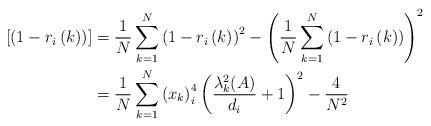
LaTeX: \begin{align*}\left[ \left( 1-r_{i}\left( k\right) \right) \right] &=\frac{1}{N}\sum_{k=1}^{N}\left( 1-r_{i}\left( k\right) \right)^{2}-\left( \frac{1}{N}\sum_{k=1}^{N}\left( 1-r_{i}\left( k\right)\right) \right) ^{2}\\& =\frac{1}{N}\sum_{k=1}^{N}\left( x_{k}\right) _{i}^{4}\left(\frac{\lambda_{k}^{2}(A)}{d_{i}}+1\right) ^{2}-\frac{4}{N^{2}}\end{align*}